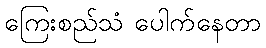
ကြေးစည်သံ ပေါက်နေတာ